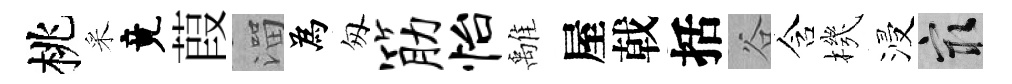
桃采竟葭溜為匆筋怡𩀌屋戟括谷含機浸冣